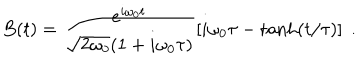
B ( t ) = \frac { { e } ^ { i \omega _ { 0 } t } } { \sqrt { 2 \omega _ { 0 } } ( 1 + i \omega _ { 0 } \tau ) } \left[ i \omega _ { 0 } \tau - \tanh ( t / \tau ) \right] \; .